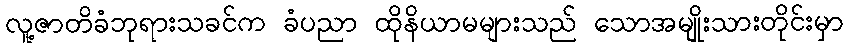
လူ့ဇာတိခံဘုရားသခင်က ခံပညာ ထိုနိယာမများသည် သောအမျိုးသားတိုင်းမှာ